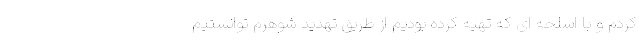
کردم و با اسلحه ای که تهیه کرده بودیم از طریق تهدید شوهرم توانستیم